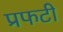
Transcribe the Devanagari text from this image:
प्रफटी